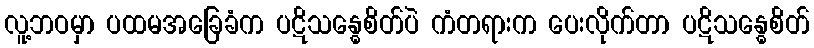
လူ့ဘဝမှာ ပထမအခြေခံက ပဋိသန္ဓေစိတ်ပဲ ကံတရားက ပေးလိုက်တာ ပဋိသန္ဓေစိတ်